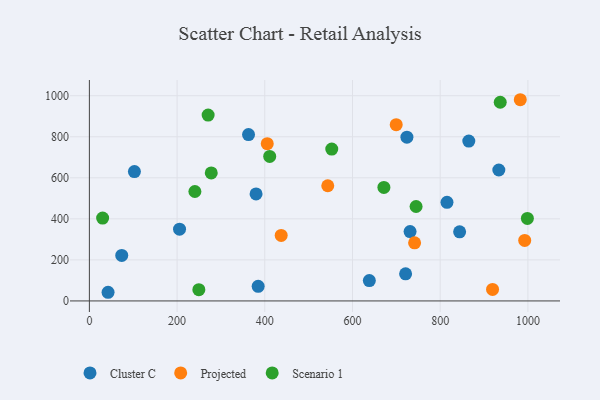
{"axis": {"x": "Price", "y": "Sales"}, "legend": ["Cluster C", "Projected", "Scenario 1"], "data": [{"x": "844.3", "y": 336.8, "type": "Cluster C"}, {"x": "721.1", "y": 132.2, "type": "Cluster C"}, {"x": "42.6", "y": 42.2, "type": "Cluster C"}, {"x": "362.9", "y": 810.7, "type": "Cluster C"}, {"x": "638.4", "y": 99.2, "type": "Cluster C"}, {"x": "384.9", "y": 71.2, "type": "Cluster C"}, {"x": "815.5", "y": 480.7, "type": "Cluster C"}, {"x": "205.6", "y": 349.7, "type": "Cluster C"}, {"x": "865.2", "y": 778.8, "type": "Cluster C"}, {"x": "933.7", "y": 638.1, "type": "Cluster C"}, {"x": "380.1", "y": 521.5, "type": "Cluster C"}, {"x": "724.1", "y": 797.9, "type": "Cluster C"}, {"x": "102.7", "y": 630.6, "type": "Cluster C"}, {"x": "731.3", "y": 337.9, "type": "Cluster C"}, {"x": "73.8", "y": 222.0, "type": "Cluster C"}, {"x": "919.4", "y": 55.9, "type": "Projected"}, {"x": "437.4", "y": 319.1, "type": "Projected"}, {"x": "543.6", "y": 561.2, "type": "Projected"}, {"x": "699.7", "y": 859.0, "type": "Projected"}, {"x": "741.6", "y": 283.2, "type": "Projected"}, {"x": "982.6", "y": 980.5, "type": "Projected"}, {"x": "992.7", "y": 295.1, "type": "Projected"}, {"x": "405.6", "y": 766.2, "type": "Projected"}, {"x": "277.9", "y": 623.7, "type": "Scenario 1"}, {"x": "998.8", "y": 402.2, "type": "Scenario 1"}, {"x": "249.6", "y": 55.0, "type": "Scenario 1"}, {"x": "936.9", "y": 968.3, "type": "Scenario 1"}, {"x": "671.6", "y": 553.2, "type": "Scenario 1"}, {"x": "30.2", "y": 404.0, "type": "Scenario 1"}, {"x": "745.0", "y": 460.2, "type": "Scenario 1"}, {"x": "270.8", "y": 905.7, "type": "Scenario 1"}, {"x": "552.7", "y": 740.0, "type": "Scenario 1"}, {"x": "411.2", "y": 704.2, "type": "Scenario 1"}, {"x": "240.6", "y": 533.4, "type": "Scenario 1"}]}